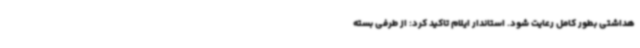
هداشتی بطور کامل رعایت شود. استاندار ایلام تاکید کرد: از طرفی بسته